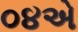
૦૪એ